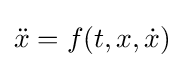
{\ddot {x}}=f(t,x,{\dot {x}})